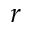
r